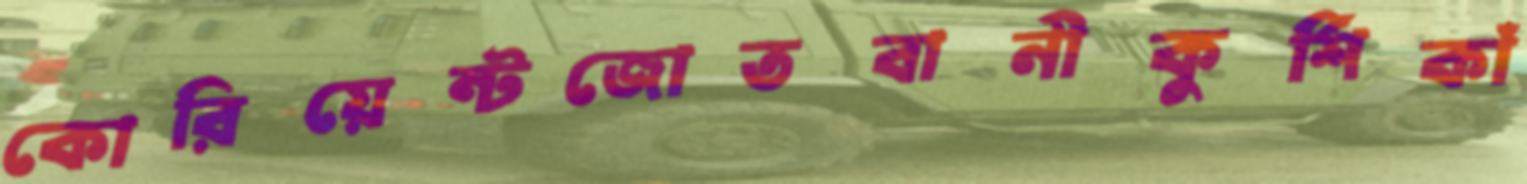
কোরিয়েন্টজোতবানীকুর্শিকাঁ